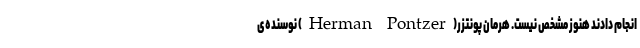
انجام دادند هنوز مشخص نیست. هرمان پونتزر(Herman Pontzer) نوسنده‌ی